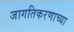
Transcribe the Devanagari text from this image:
जागतिकरणाच्या